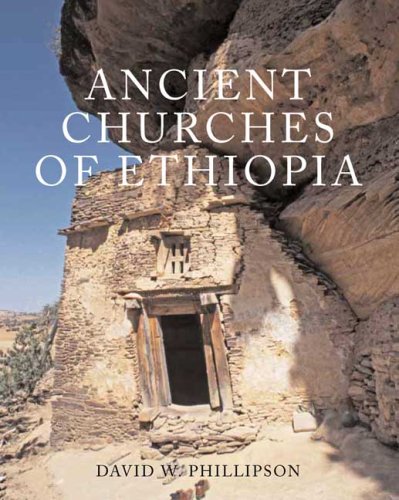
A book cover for Ancient Churches of Ethiopia; David W. Phillipson; History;